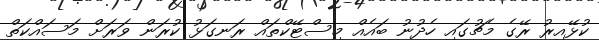
ކުޅޭއިރު ރޭގެ މެޗުގައި ހެދުނު ބައެއް މިސްޓޭކްތައް ރަނގަޅު ކުރަން ވަރަށް މަސައްކަތް